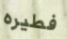
فطيره